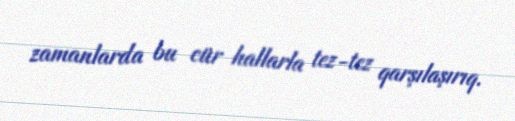
zamanlarda bu cür hallarla tez-tez qarşılaşırıq.